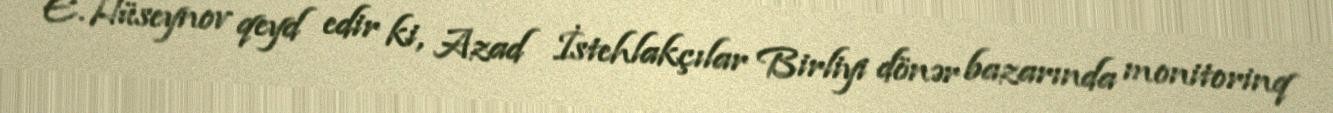
E.Hüseynov qeyd edir ki, Azad İstehlakçılar Birliyi dönər bazarında monitorinq